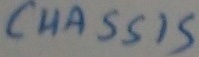
Text: CHASSIS